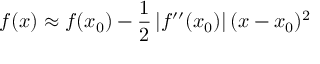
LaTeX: f ( x ) \approx f ( x _ { 0 } ) - { \frac { 1 } { 2 } } \left| f ^ { \prime \prime } ( x _ { 0 } ) \right| ( x - x _ { 0 } ) ^ { 2 }